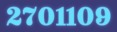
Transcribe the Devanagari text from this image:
२७०११०९